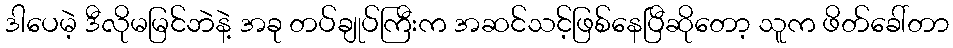
ဒါပေမဲ့ ဒီလိုမမြင်ဘဲနဲ့ အခု တပ်ချုပ်ကြီးက အဆင်သင့်ဖြစ်နေပြီဆိုတော့ သူက ဖိတ်ခေါ်တာ